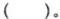
（）。